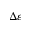
\Delta \varepsilon